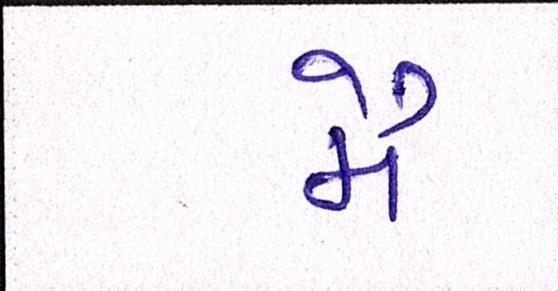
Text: મૈં